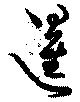
暹